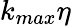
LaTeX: k_{max}\eta